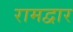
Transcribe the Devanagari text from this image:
रामद्वार